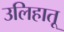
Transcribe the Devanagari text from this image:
उलिहातू